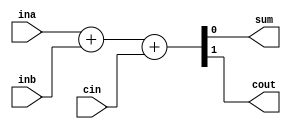
`timescale 1ns / 1ps
module add_1(input ina,input inb,input cin,output sum,output cout);
    assign {cout,sum}=ina+inb+cin;
endmodule

module add_4(input[3:0] in_a,input[3:0] in_b,input cin,output[3:0] sum,output cout);
    wire[3:0] c;
    add_1 a0(in_a[0],in_b[0],cin,sum[0],c[0]);
    add_1 a1(in_a[1],in_b[1],c[0],sum[1],c[1]);
    add_1 a2(in_a[2],in_b[2],c[1],sum[2],c[2]);
    add_1 a3(in_a[3],in_b[3],c[2],sum[3],c[3]);
    assign cout=c[3];
endmodule